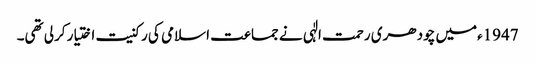
1947ءمیں چودھری رحمت الٰہی نے جماعت اسلامی کی رکنیت اختیار کرلی تھی۔